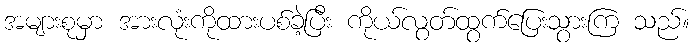
အများစုမှာ အားလုံးကိုထားပစ်ခဲ့ပြီး ကိုယ်လွတ်ထွက်ပြေးသွားကြ သည်။